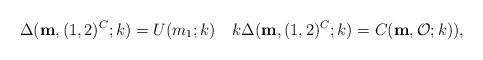
LaTeX: \begin{align*} \Delta(\mathbf{m}, (1,2)^C;k)= U(m_1;k) \,\,\, \,\,\, k\Delta(\mathbf{m},(1,2)^C;k) = C(\mathbf{m},\mathcal{O};k)), \end{align*}